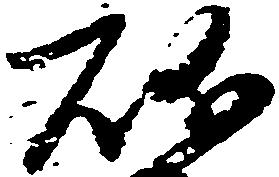
礒